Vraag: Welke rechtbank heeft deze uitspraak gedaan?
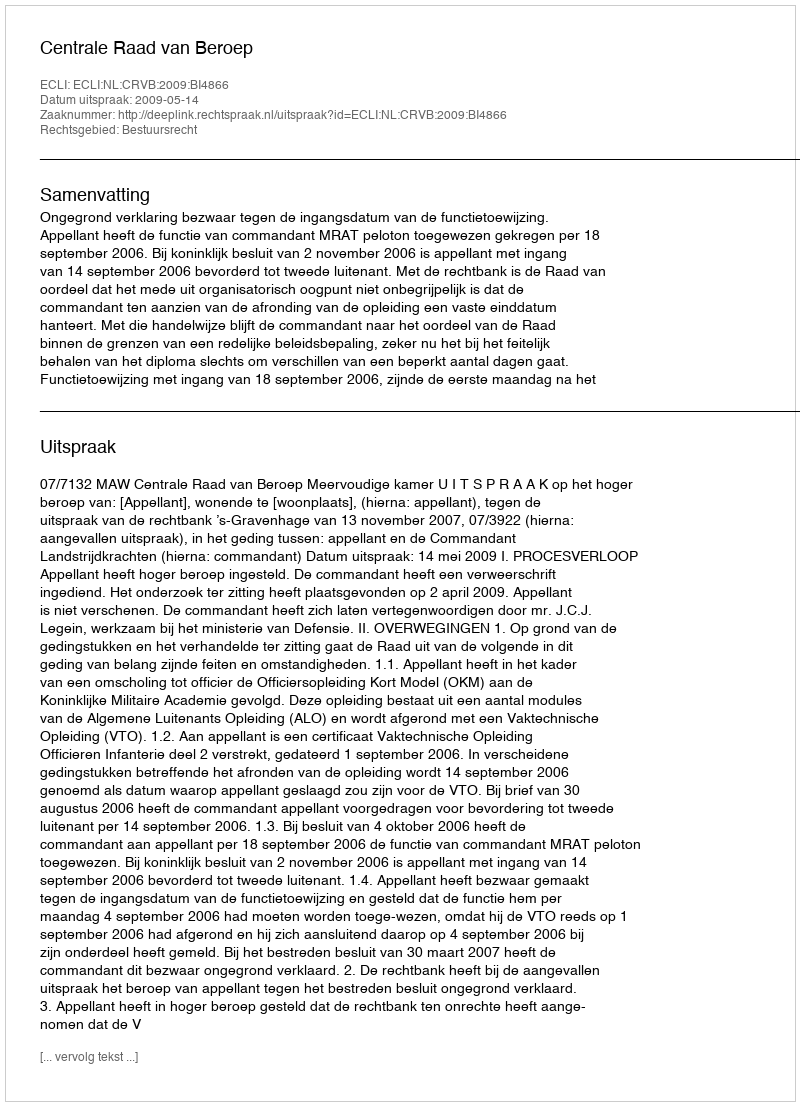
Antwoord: Centrale Raad van Beroep